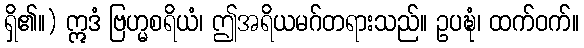
ရှိ၏။) ဣဒံ ဗြဟ္မစရိယံ၊ ဤအရိယမဂ်တရားသည်။ ဥပဍ္ဎံ၊ ထက်ဝက်။